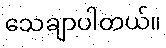
သေချာပါတယ်။